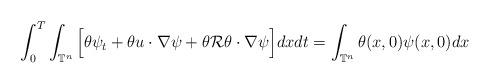
LaTeX: \begin{align*}\int^{T}_{0}\int_{\mathbb{T}^n} \Big[\theta \psi_{t} + \theta u\cdot\nabla\psi+\theta \mathcal{R}\theta\cdot\nabla\psi\Big] dxdt =\int_{\mathbb{T}^n}\theta(x,0)\psi(x,0)dx \end{align*}